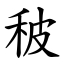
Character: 秛